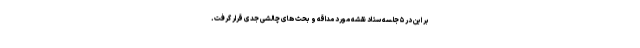
بر این در ۵ جلسه ستاد نقشه مورد مداقه و بحث های چالشی جدی قرار گرفت.